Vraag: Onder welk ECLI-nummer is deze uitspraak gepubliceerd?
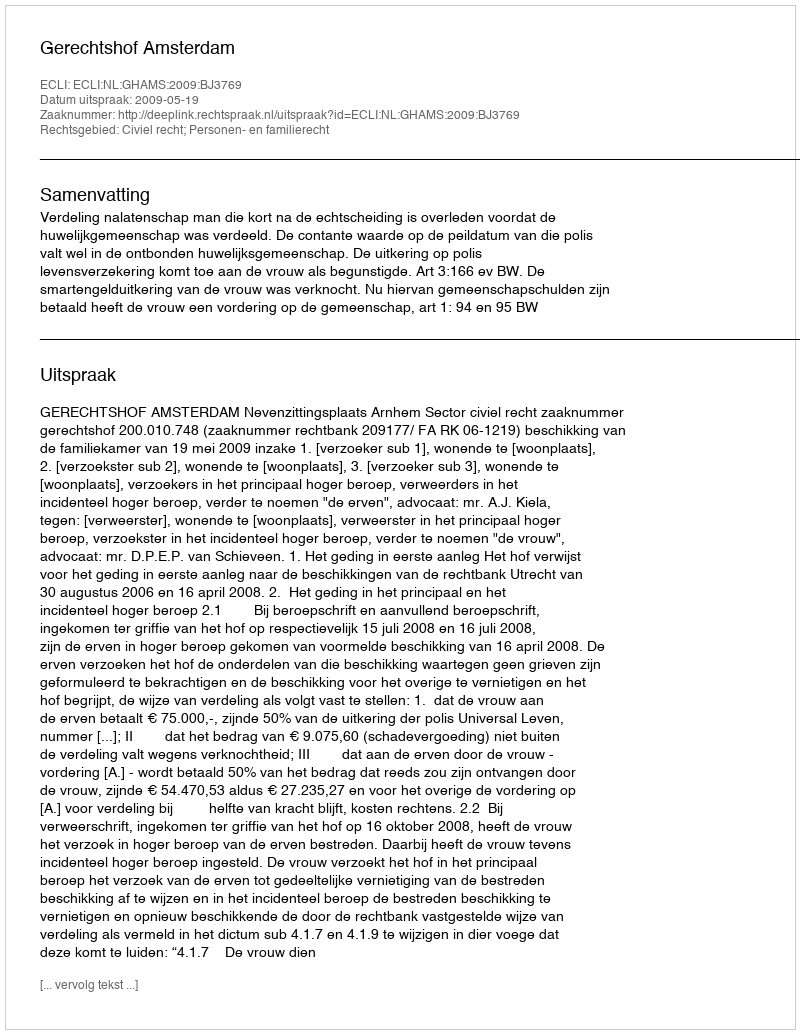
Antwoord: ECLI:NL:GHAMS:2009:BJ3769